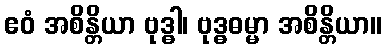
ဧဝံ အစိန္တိယာ ဗုဒ္ဓါ၊ ဗုဒ္ဓဓမ္မာ အစိန္တိယာ။